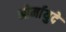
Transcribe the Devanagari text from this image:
ओर्मायुदे